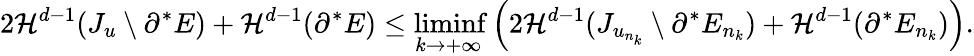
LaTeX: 2{\mathcal{H}}^{d-1}(J_{u}\setminus\partial^{*}E)+{\mathcal{H}}^{d-1}(\partial^{*}E)\leq\operatorname*{liminf}_{k\to+\infty}\left(2{\mathcal{H}}^{d-1}(J_{u_{n_{k}}}\setminus\partial^{*}E_{n_{k}})+{\mathcal{H}}^{d-1}(\partial^{*}E_{n_{k}})\right).